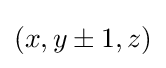
\textstyle (x,y\pm 1,z)